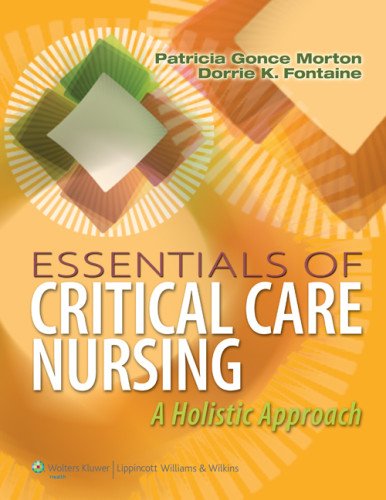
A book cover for Essentials of Critical Care Nursing: A Holistic Approach; Patricia Gonce Morton; Medical Books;